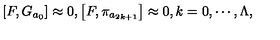
\left[ F , G _ { a _ { 0 } } \right] \approx 0 , \left[ F , \pi _ { a _ { 2 k + 1 } } \right] \approx 0 , k = 0 , \cdots , \Lambda ,